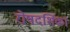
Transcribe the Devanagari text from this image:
रोषदर्शिका